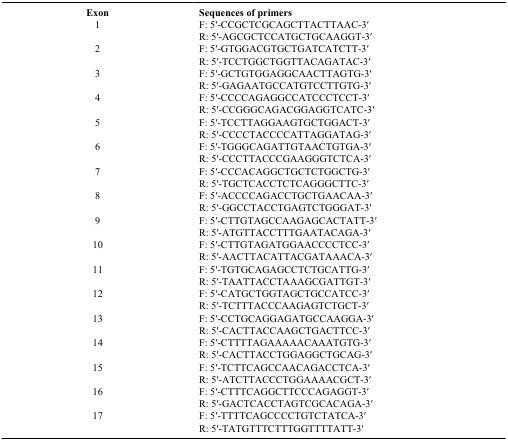
<table><thead><tr><td><b>Exon</b></td><td><b>Sequences of primers</b></td></tr></thead><tbody><tr><td>1</td><td>F: 5′-CCGCTCGCAGCTTACTTAAC-3′</td></tr><tr><td> </td><td>R: 5′-AGCGCTCCATGCTGCAAGGT-3′</td></tr><tr><td>2</td><td>F: 5′-GTGGACGTGCTGATCATCTT-3′</td></tr><tr><td> </td><td>R: 5′-TCCTGGCTGGTTACAGATAC-3′</td></tr><tr><td>3</td><td>F: 5′-GCTGTGGAGGCAACTTAGTG-3′</td></tr><tr><td> </td><td>R: 5′-GAGAATGCCATGTCCTTGTG-3′</td></tr><tr><td>4</td><td>F: 5′-CCCCAGAGGCCATCCCTCCT-3′</td></tr><tr><td> </td><td>R: 5′-CCGGGCAGACGGAGGTCATC-3′</td></tr><tr><td>5</td><td>F: 5′-TCCTTAGGAAGTGCTGGACT-3′</td></tr><tr><td> </td><td>R: 5′-CCCCTACCCCATTAGGATAG-3′</td></tr><tr><td>6</td><td>F: 5′-TGGGCAGATTGTAACTGTGA-3′</td></tr><tr><td> </td><td>R: 5′-CCCTTACCCGAAGGGTCTCA-3′</td></tr><tr><td>7</td><td>F: 5′-CCCACAGGCTGCTCTGGCTG-3′</td></tr><tr><td> </td><td>R: 5′-TGCTCACCTCTCAGGGCTTC-3′</td></tr><tr><td>8</td><td>F: 5′-ACCCCAGACCTGCTGAACAA-3′</td></tr><tr><td> </td><td>R: 5′-GGCCTACCTGAGTCTGGGAT-3′</td></tr><tr><td>9</td><td>F: 5′-CTTGTAGCCAAGAGCACTATT-3′</td></tr><tr><td> </td><td>R: 5′-ATGTTACCTTTGAATACAGA-3′</td></tr><tr><td>10</td><td>F: 5′-CTTGTAGATGGAACCCCTCC-3′</td></tr><tr><td> </td><td>R: 5′-AACTTACATTACGATAAACA-3′</td></tr><tr><td>11</td><td>F: 5′-TGTGCAGAGCCTCTGCATTG-3′</td></tr><tr><td> </td><td>R: 5′-TAATTACCTAAAGCGATTGT-3′</td></tr><tr><td>12</td><td>F: 5′-CATGCTGGTAGCTGCCATCC-3′</td></tr><tr><td> </td><td>R: 5′-TCTTTACCCAAGAGTCTGCT-3′</td></tr><tr><td>13</td><td>F: 5′-CCTGCAGGAGATGCCAAGGA-3′</td></tr><tr><td> </td><td>R: 5′-CACTTACCAAGCTGACTTCC-3′</td></tr><tr><td>14</td><td>F: 5′-CTTTTAGAAAAACAAATGTG-3′</td></tr><tr><td> </td><td>R: 5′-CACTTACCTGGAGGCTGCAG-3′</td></tr><tr><td>15</td><td>F: 5′-TCTTCAGCCAACAGACCTCA-3′</td></tr><tr><td> </td><td>R: 5′-ATCTTACCCTGGAAAACGCT-3′</td></tr><tr><td>16</td><td>F: 5′-CTTTCAGGCTTCCCAGAGGT-3′</td></tr><tr><td> </td><td>R: 5′-GACTCACCTAGTCGCACAGA-3′</td></tr><tr><td>17</td><td>F: 5′-TTTTCAGCCCCTGTCTATCA-3′</td></tr><tr><td> </td><td>R: 5′-TATGTTTCTTTGGTTTTATT-3′</td></tr></tbody></table>